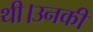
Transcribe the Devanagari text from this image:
थी।उनकीं